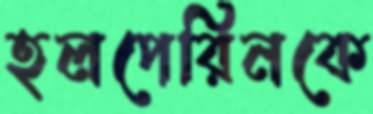
হলপেরিনকে